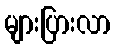
များပြားလာ